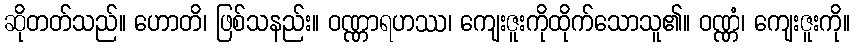
ဆိုတတ်သည်။ ဟောတိ၊ ဖြစ်သနည်း။ ဝဏ္ဏာရဟဿ၊ ကျေးဇူးကိုထိုက်သောသူ၏။ ဝဏ္ဏံ၊ ကျေးဇူးကို။